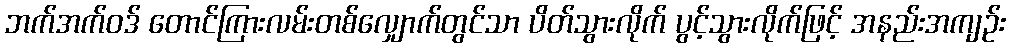
ဘက်အက်ဝဒ် တောင်ကြားလမ်းတစ်လျှောက်တွင်သာ ပိတ်သွားလိုက် ပွင့်သွားလိုက်ဖြင့် အနည်းအကျဉ်း